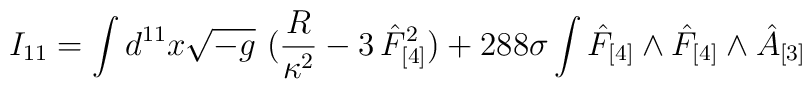
I_{11}=\int d^{11}x \sqrt{-g} ~({R\over\kappa^2}-3\, \hat{F}^2_{[4]} ) + {288} \sigma\int\hat{F}_{[4]} \wedge\hat{F}_{[4]} \wedge \hat{A}_{[3]}